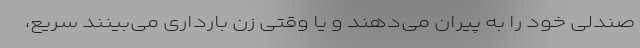
صندلی خود را به پیران می‌دهند و یا وقتی زن بارداری می‌بینند سریع،